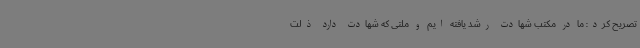
تصریح کرد: ما در مکتب شهادت رشد یافته ایم و ملتی که شهادت دارد ذلت